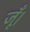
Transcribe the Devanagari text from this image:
जूँ।